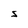
Character: S